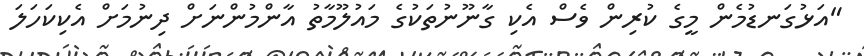
"އަޅުގަނޑުމެން މީގެ ކުރިން ވެސް އެކި ގާނޫނުތަކުގެ މައުލޫމާތު އާންމުންނަށް ދިނުމަށް އެކިކަހަލަ